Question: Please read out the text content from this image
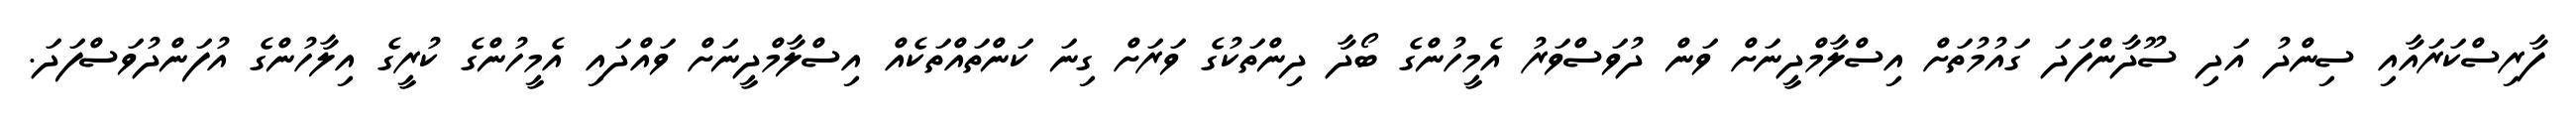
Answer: ފާރިސްކަރައާއި ސިންދު އަދި ސޫދާންފަދަ ގައުމުތަށް އިސްލާމްދީނަށް ވަން ދުވަސްވަރު އެމީހުންގެ ބޯދާ ދިންތަކުގެ ވަރަށް ގިނަ ކަންތައްތަކެއް އިސްލާމްދީނަށް ވައްދައި އެމީހުންގެ ކުރީގެ އިލާހުންގެ އުފަންދުވަސްފަދަ.